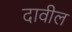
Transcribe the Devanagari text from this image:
दावील